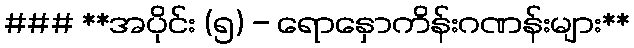
### **အပိုင်း (၅) - ရောနှောကိန်းဂဏန်းများ**